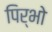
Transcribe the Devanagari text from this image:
पिर्भो